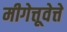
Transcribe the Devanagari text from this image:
मीगेत्तूवेत्ते